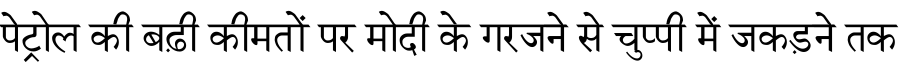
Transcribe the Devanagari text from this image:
पेट्रोल की बढ़ी कीमतों पर मोदी के गरजने से चुप्पी में जकड़ने तक